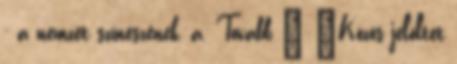
- a nemzet színészének, a. Tovább › ›Közös jelöltet